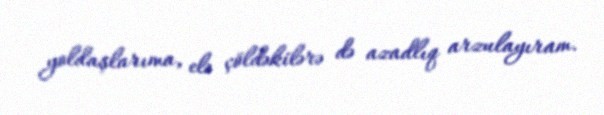
yoldaşlarıma, elə çöldəkilərə də azadlıq arzulayıram.